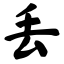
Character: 丢